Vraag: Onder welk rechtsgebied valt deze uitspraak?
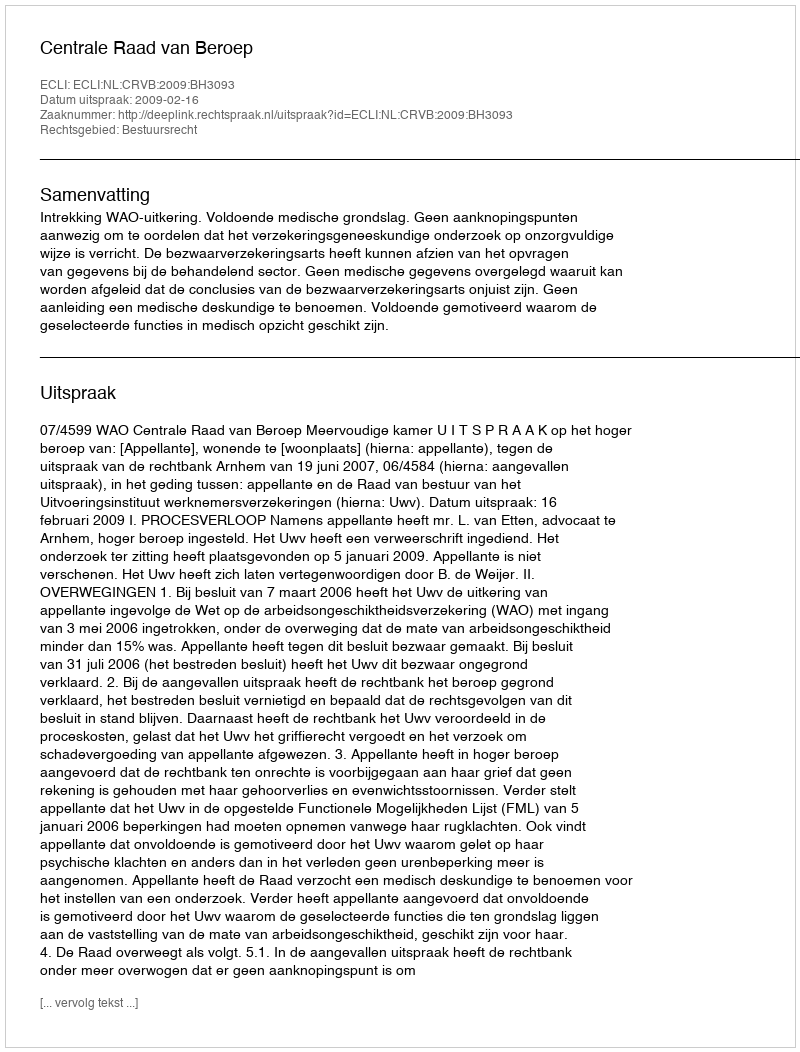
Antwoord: Bestuursrecht